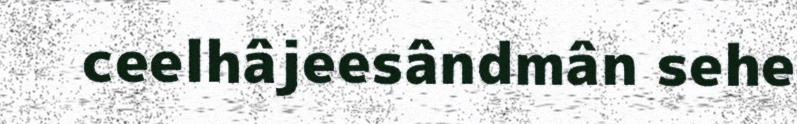
ceelhâjeesândmân sehe